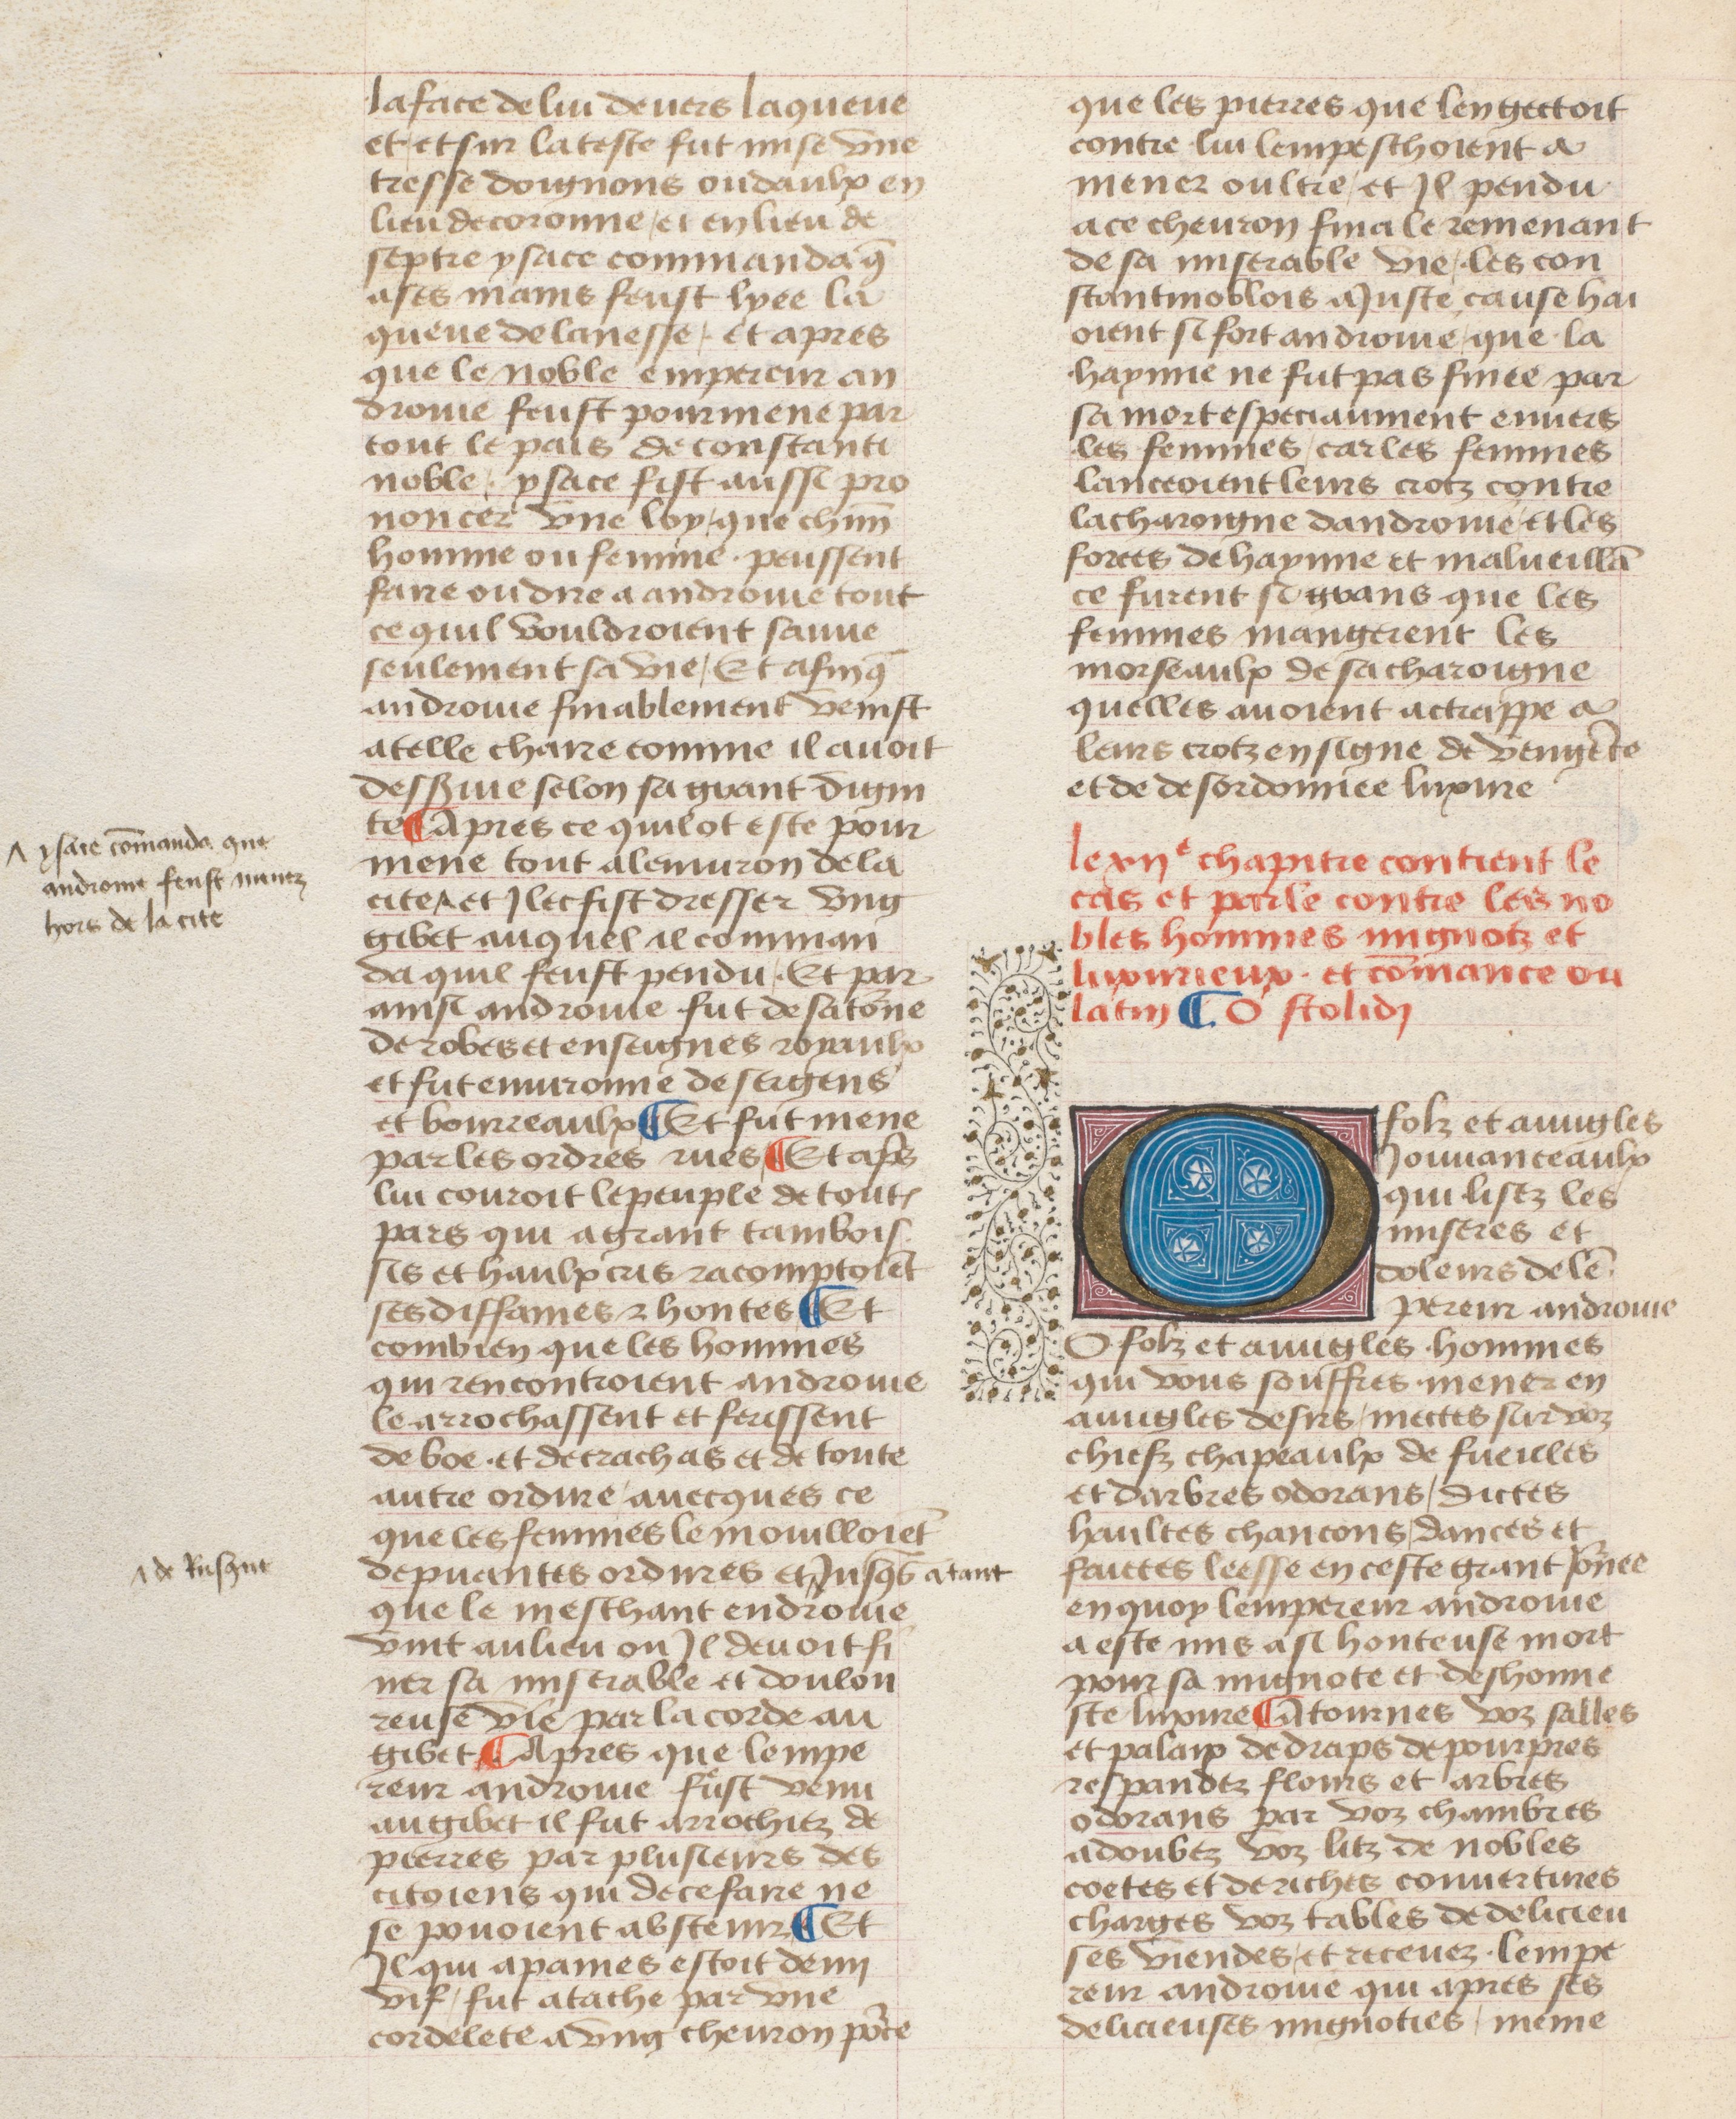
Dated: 1400–1499